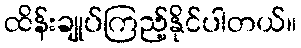
ထိန်းချုပ်ကြည့်နိုင်ပါတယ်။